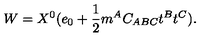
W = X ^ { 0 } ( e _ { 0 } + { \frac { 1 } { 2 } } m ^ { A } C _ { A B C } t ^ { B } t ^ { C } ) .